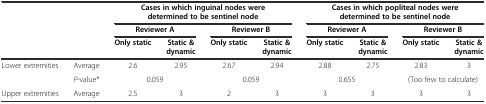
<table><thead><tr><td rowspan="2"></td><td rowspan="2"></td><td colspan="4"><b>Cases in which inguinal nodes were determined to be sentinel node</b></td><td colspan="4"><b>Cases in which popliteal nodes were determined to be sentinel node</b></td></tr><tr><td colspan="2"><b>Reviewer A</b></td><td colspan="2"><b>Reviewer B</b></td><td colspan="2"><b>Reviewer A</b></td><td colspan="2"><b>Reviewer B</b></td></tr><tr><td></td><td></td><td><b>Only static</b></td><td><b>Static &amp; dynamic</b></td><td><b>Only static</b></td><td><b>Static &amp; dynamic</b></td><td><b>Only static</b></td><td><b>Static &amp; dynamic</b></td><td><b>Only static</b></td><td><b>Static &amp; dynamic</b></td></tr></thead><tbody><tr><td rowspan="2">Lower extremities</td><td>Average</td><td>2.6</td><td>2.95</td><td>2.67</td><td>2.94</td><td>2.88</td><td>2.75</td><td>2.83</td><td>3</td></tr><tr><td><i>P</i>-value*</td><td colspan="2">0.059</td><td colspan="2">0.059</td><td colspan="2">0.655</td><td colspan="2">(Too few to calculate)</td></tr><tr><td>Upper extremities</td><td>Average</td><td>2.5</td><td>3</td><td>2</td><td>3</td><td>3</td><td>3</td><td>3</td><td>3</td></tr></tbody></table>